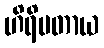
ဟိရိမတာယ